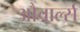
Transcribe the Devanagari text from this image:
औचार्ल्स